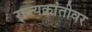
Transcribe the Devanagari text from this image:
राज्यक्रांतीवर